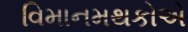
વિમાનમથકોએ